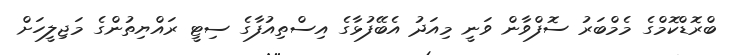
ބްރޮޑްކޮމްގެ މެމްބަރު ސޮފްވާން ވަނީ މިއަދު އެބޭފުޅާގެ އިސްތިއުފާގެ ސިޓީ ރައްޔިތުންގެ މަޖިލީހަށް